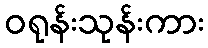
ဝရုန်းသုန်းကား